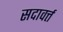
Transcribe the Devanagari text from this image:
सदावर्त्त